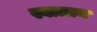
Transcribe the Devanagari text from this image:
स्वातत्र्य